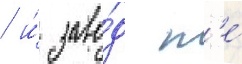
/ и́ заво́д н'е́